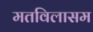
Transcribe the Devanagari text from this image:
मतविलासम